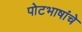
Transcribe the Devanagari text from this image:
पोटभाषांचे